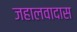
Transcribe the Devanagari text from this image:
जहालवादास